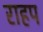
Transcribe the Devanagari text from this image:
राहप